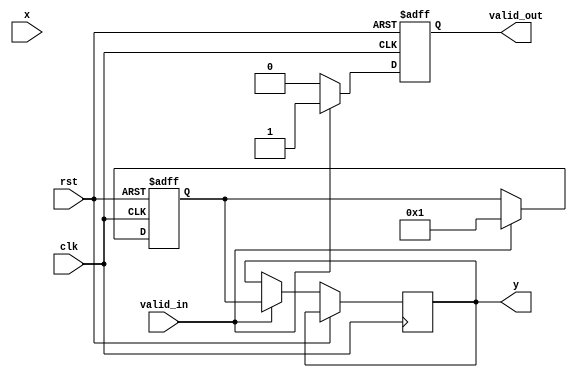
module asinh(
    input wire clk,
    input wire rst,
    input wire valid_in,
    input wire signed [31:0] x, // Input x (fixed-point representation)
    output reg valid_out,
    output reg signed [31:0] y // Output y (fixed-point representation)
);

    reg signed [31:0] x_sq; // x^2
    reg signed [31:0] sqrt_term; // sqrt(x^2 + 1)
    reg signed [31:0] add_term; // x + sqrt(x^2 + 1)
    reg signed [31:0] ln_result; // ln(x + sqrt(x^2 + 1))

    // Simple square calculation
    always @(posedge clk or posedge rst) begin
        if (rst) begin
            x_sq <= 0;
        end else if (valid_in) begin
            x_sq <= x * x; // x^2
        end
    end

    // Square root and logarithm calculation
    // Note: Placeholder for sqrt and ln operations
    always @(posedge clk or posedge rst) begin
        if (rst) begin
            sqrt_term <= 0;
            add_term <= 0;
            ln_result <= 0;
            valid_out <= 0;
        end else if (valid_in) begin
            // Compute sqrt(x^2 + 1)
            sqrt_term <= sqrt(x_sq + 32'h00000001); // Placeholder for square root function

            // Compute x + sqrt(x^2 + 1)
            add_term <= x + sqrt_term;

            // Compute ln(x + sqrt(x^2 + 1))
            ln_result <= ln(add_term); // Placeholder for logarithm function

            // Output the result
            y <= ln_result;
            valid_out <= 1;
        end else begin
            valid_out <= 0;
        end
    end

    // Placeholder function for square root
    function signed [31:0] sqrt(input signed [31:0] value);
        // Implement square root logic (e.g., CORDIC, Newton-Raphson)
        // Return a dummy value for now
        sqrt = 32'h00000001; // Replace with actual computation
    endfunction

    // Placeholder function for logarithm
    function signed [31:0] ln(input signed [31:0] value);
        // Implement logarithm logic (e.g., CORDIC, polynomial approximation)
        // Return a dummy value for now
        ln = 32'h00000001; // Replace with actual computation
    endfunction

endmodule